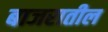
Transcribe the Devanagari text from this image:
बाजरातील